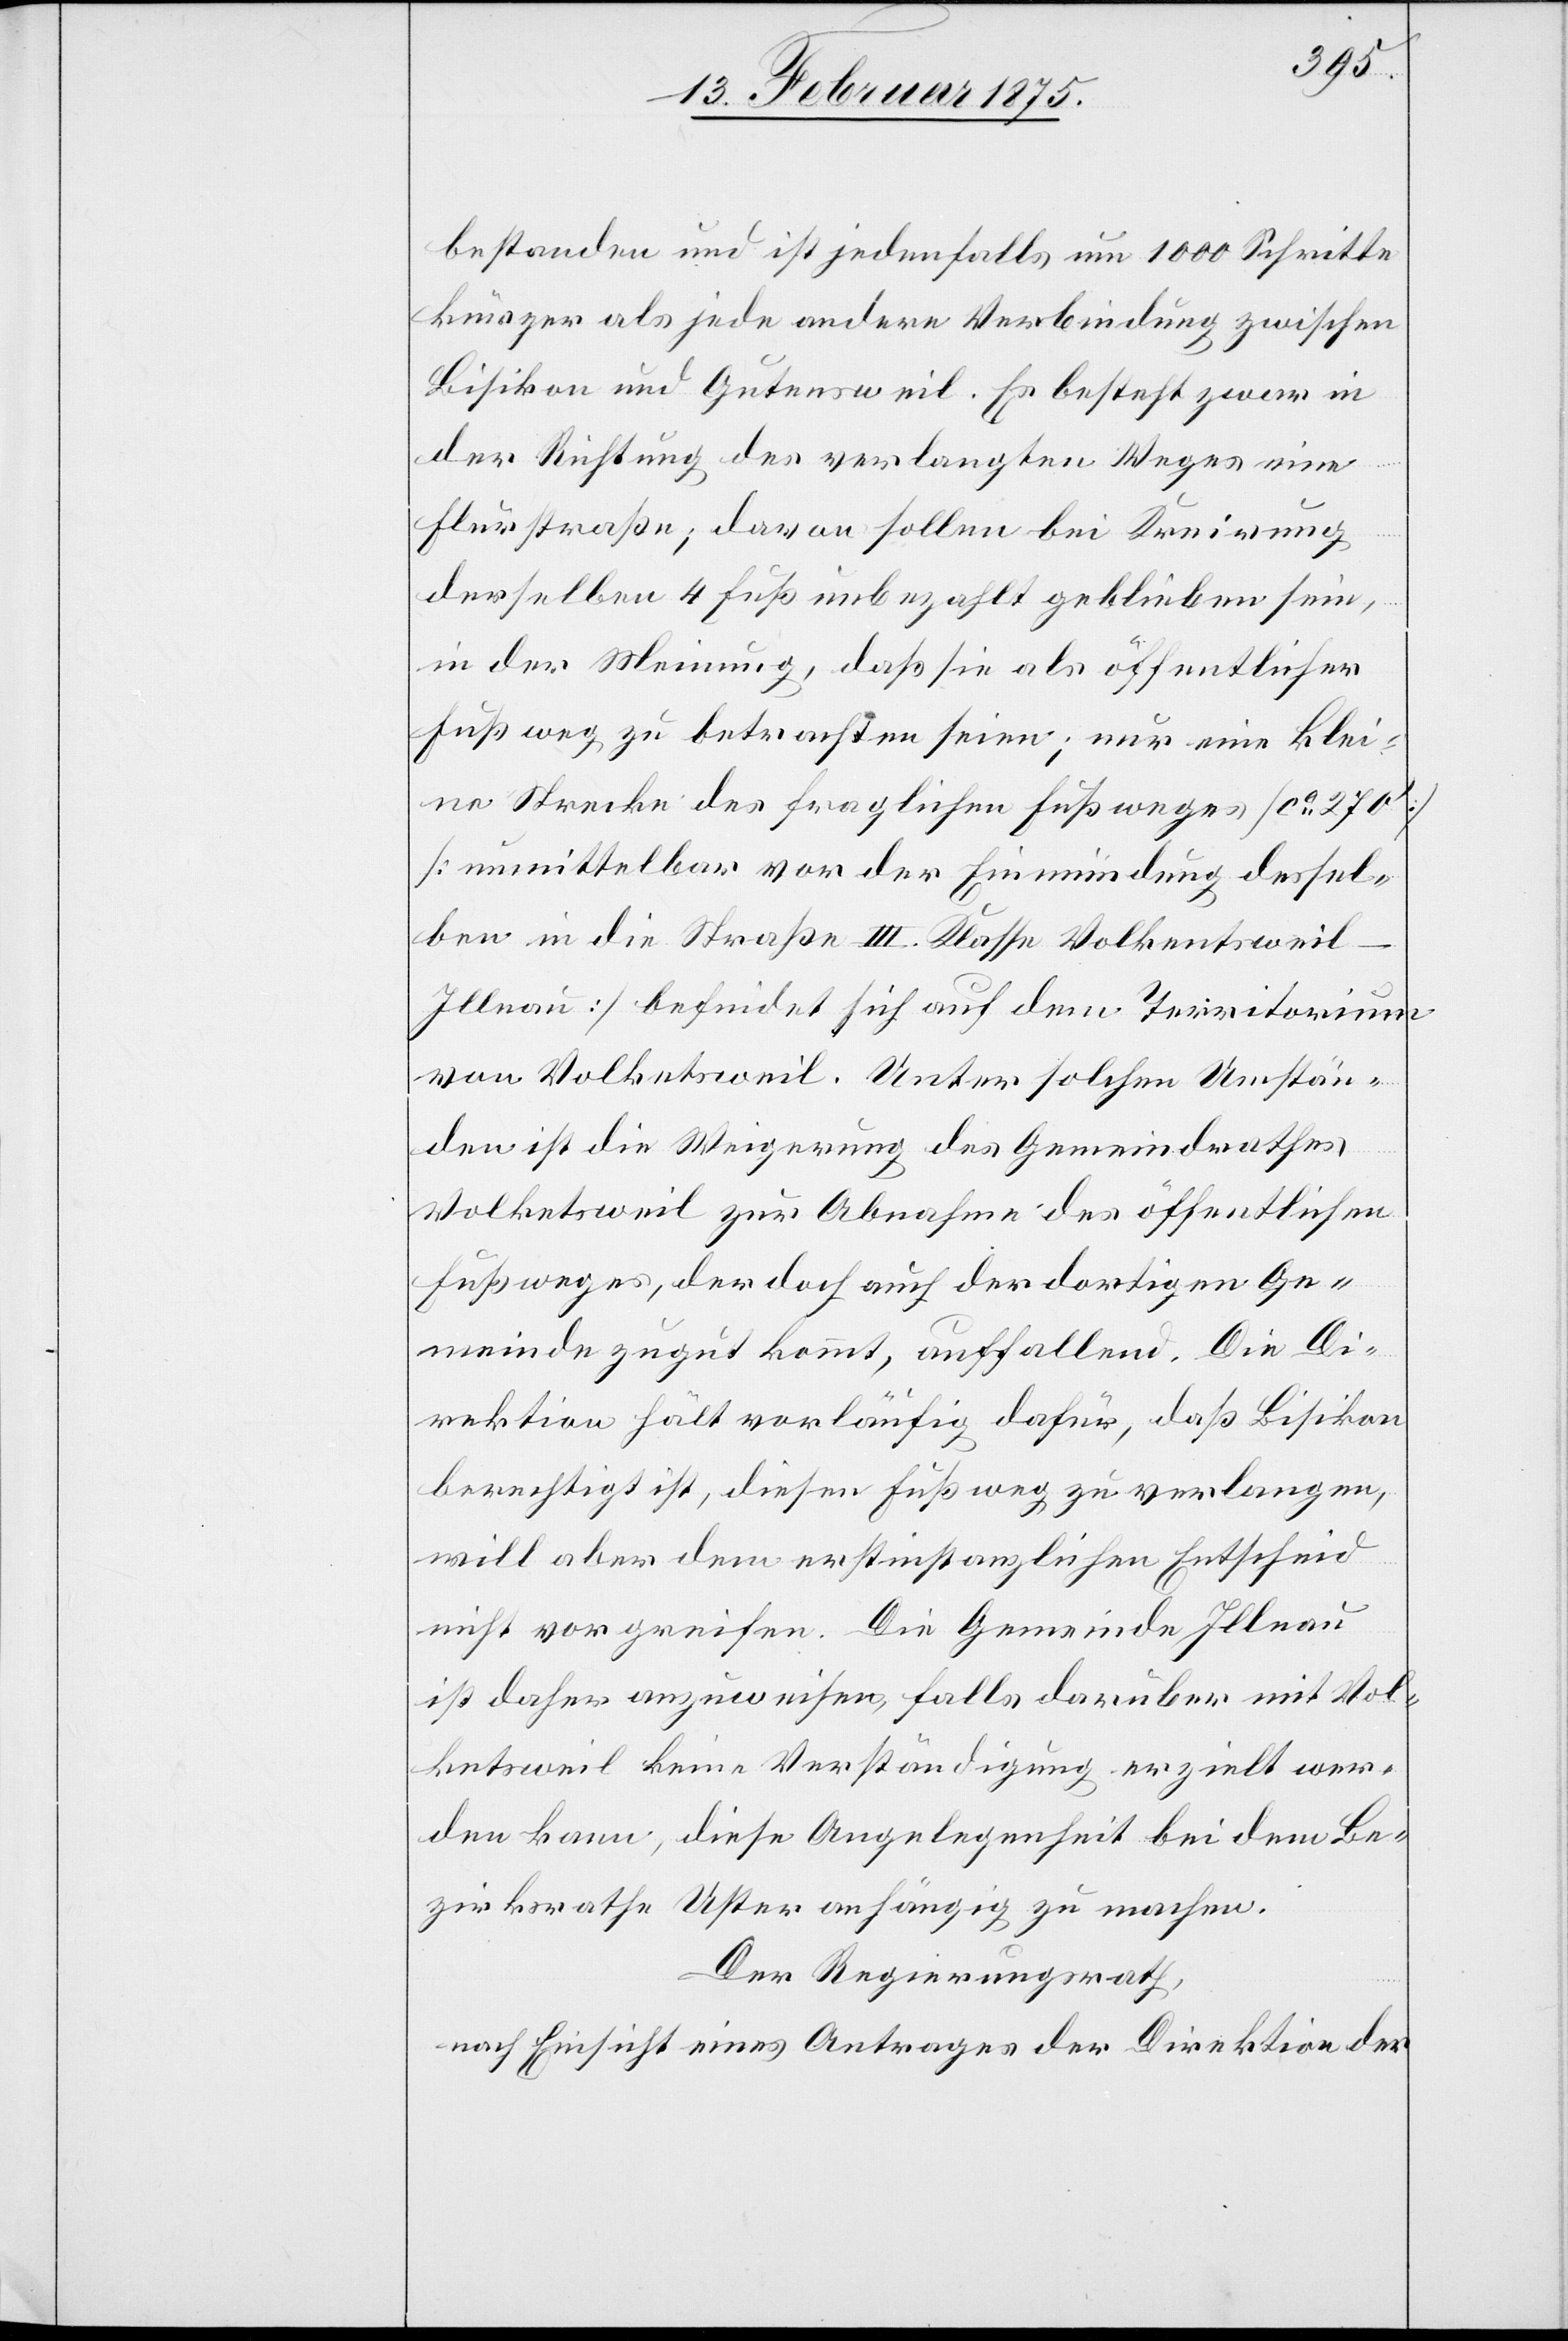
bestanden und ist jedenfalls um 1000 Schritte
kürzer als jede andere Verbindung zwischen
Bisikon und Gutensweil. Es besteht zwar in
der Richtung des verlangten Weges eine
Flurstraße; davon sollen bei Kreirung
derselben 4 Fuß unbezahlt geblieben sein,
in der Meinung, daß sie als öffentlicher
Fußweg zu betrachten seien; nur eine klei¬
ne Strecke des fraglichen Fußweges (ca 270‘)
(unmittelbar vor der Einmündung dessel¬
ben in die Straße III. Klasse Volkentsweil-I¬
llnau) befindet sich auf dem Territorium
von Volketsweil. Unter solchen Umstän¬
den ist die Weigerung des Gemeindrathes
Volketsweil zur Abnahme des öffentlichen
Fußweges, der doch auch der dortigen Ge¬
meinde zugut kommt, auffallend. Die Di¬
rektion hält vorläufig dafür, daß Bisikon
berechtigt ist, diesen Fußweg zu verlangen,
will aber dem erstinstanzlichen Entscheid
nicht vorgreifen. Die Gemeinde Illnau
ist daher anzuweisen, falls darüber mit Vol¬
ketsweil keine Verständigung erzielt wer¬
den kann, diese Angelegenheit bei dem Be¬
zirksrathe Uster anhängig zu machen.
Der Regierungsrath,
nach Einsicht eines Antrages der Direktion der